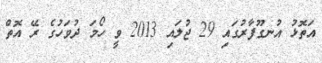
އަތޮޅު އުނގޫފާރުގައި 29 ޖުލައި 2013 ވީ ހޯމަ ދުވަހުގެ ރޭ އޮތް